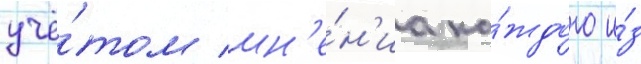
учё́том мн'е́н'иа ка́ждого и́з